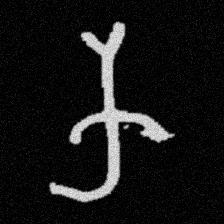
Pyu character \u2014 Myanmar letter: က (romanized: ka)